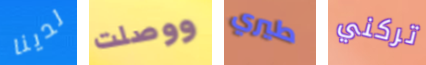
لدينا ووصلت طيري تركني